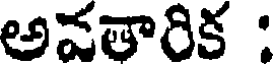
అవతారిక :